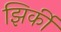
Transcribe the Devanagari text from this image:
झिर्की